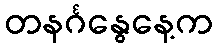
တနင်္ဂနွေနေ့က